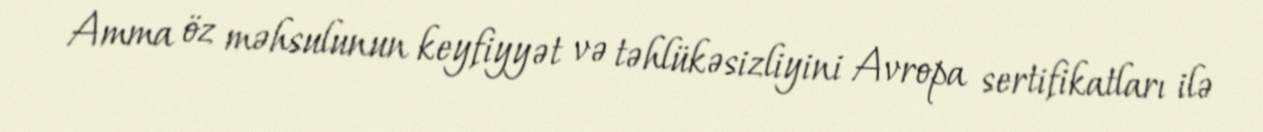
Amma öz məhsulunun keyfiyyət və təhlükəsizliyini Avropa sertifikatları ilə